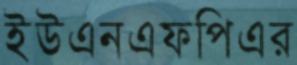
ইউএনএফপিএর